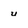
Character: u